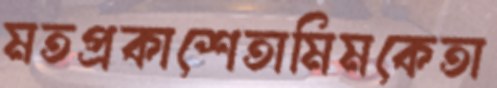
মতপ্রকাশেতামিমকেতা